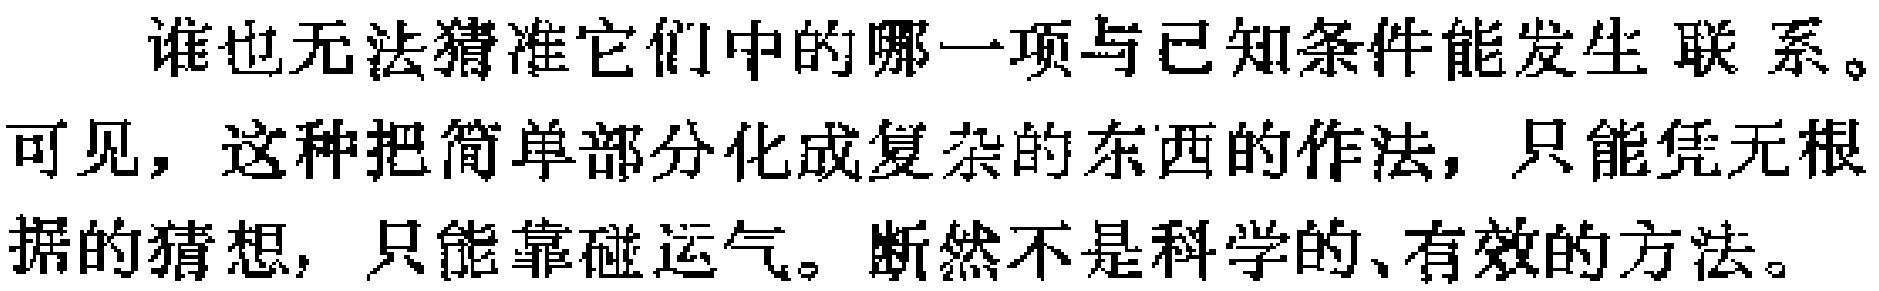
谁也无法猜准它们中的哪一项与已知条件能发生联系。可见，这种把简单部分化成复杂的东西的作法，只能凭无根据的猜想，只能靠碰运气。断然不是科学的、有效的方法。